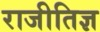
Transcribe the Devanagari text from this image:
राजीतिज्ञ